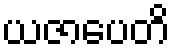
ယဇာပေတိ